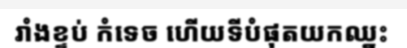
រាំងខ្ទប់ កំទេច ហើយទីបំផុតយកឈ្នះ